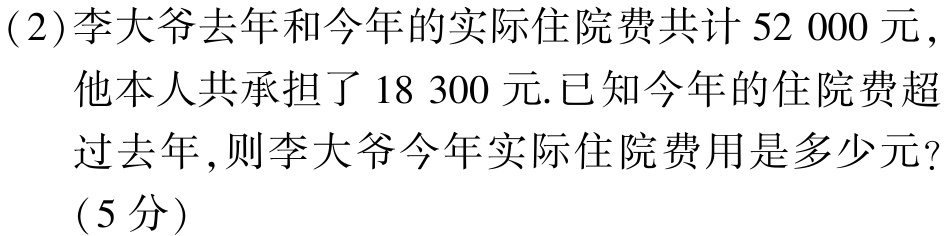
(2)李大爷去年和今年的实际住院费共计$52\ 000$元，

他本人共承担了$18\ 300$元.已知今年的住院费超

过去年，则李大爷今年实际住院费用是多少元？

（5分）